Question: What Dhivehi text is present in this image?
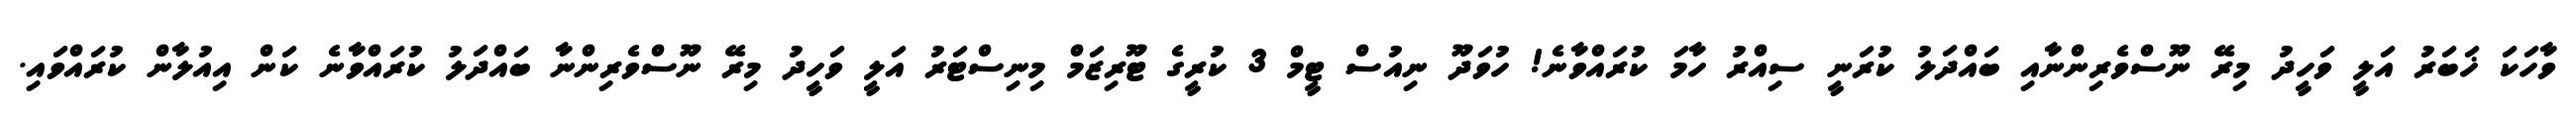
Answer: ވާހަކަ ޚަބަރު އަލީ ވަހީދު މިރޭ ނޫސްވެރިންނާއި ބައްދަލު ކުރަނީ ސިއްރު ހާމަ ކުރައްވާނެ! ހުވަދޫ ނިއުސް ޓީމް 3 ކުރީގެ ޓޫރިޒަމް މިނިސްޓަރު އަލީ ވަހީދު މިރޭ ނޫސްވެރިންނާ ބައްދަލު ކުރައްވާނެ ކަން އިއުލާން ކުރައްވައި.